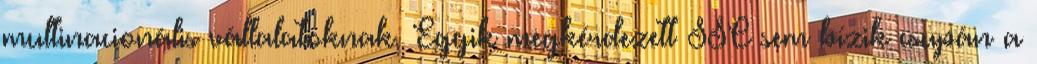
multinacionális vállalatoknak. Egyik megkérdezett SSC sem bízik csupán a